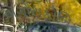
ઍગોરાફોબિક